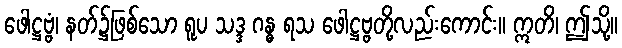
ဖေါဋ္ဌဗ္ဗံ၊ နတ်၌ဖြစ်သော ရူပ သဒ္ဒ ဂန္ဓ ရသ ဖေါဋ္ဌဗ္ဗတို့လည်းကောင်း။ ဣတိ၊ ဤသို့။